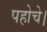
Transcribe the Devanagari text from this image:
पहोचे।